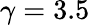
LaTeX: \gamma=3.5